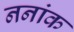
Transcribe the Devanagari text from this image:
ननांक